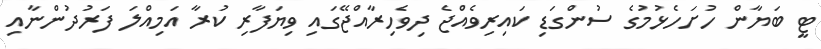
ޓީ ބަޔާން ހުށަހެޅުމުގެ ސުންގަޑި ކައިރިވެއްޖެ ދިވެހިރާއްޖޭގައި ވިޔަފާރި ކުރާ އަމިއްލަ ފަރުދުންނާއި